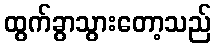
ထွက်ခွာသွားတော့သည်